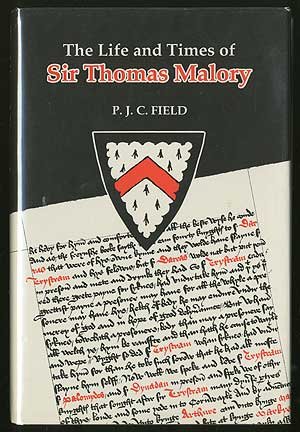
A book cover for The Life and Times of Sir Thomas Malory (Arthurian Studies); P.J.C. Field; Romance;